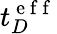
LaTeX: t_{D}^{\mathrm{~e~f~f~}}